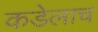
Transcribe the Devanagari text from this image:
कडेलाच